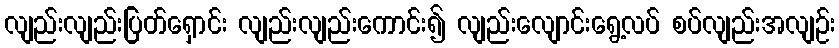
လျည်းလျည်းပြတ်ရှောင်း လျည်းလျည်းကောင်း၍ လျည်းလျောင်းရွေ့လပ် စပ်လျည်းအလျဉ်း